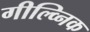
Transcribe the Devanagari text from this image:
गील्व्निक